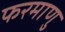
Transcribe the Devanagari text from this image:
फरमाणु